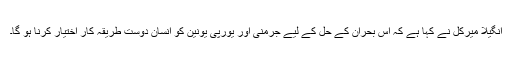
انگيلا ميرکل نے کہا ہے کہ اس بحران کے حل کے ليے جرمنی اور يورپی يونين کو انسان دوست طريقہ کار اختيار کرنا ہو گا۔